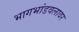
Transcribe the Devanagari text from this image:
भागभांडवलावर